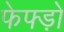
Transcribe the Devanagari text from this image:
फेफ्ड़ो